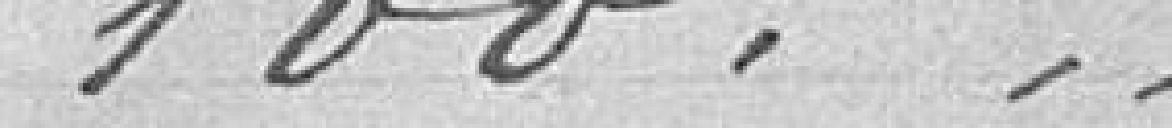
100 ---